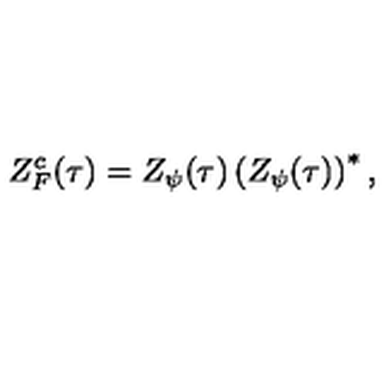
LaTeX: Z _ { F } ^ { c } ( \tau ) = Z _ { \psi } ( \tau ) \left( Z _ { \psi } ( \tau ) \right) ^ { * } ,